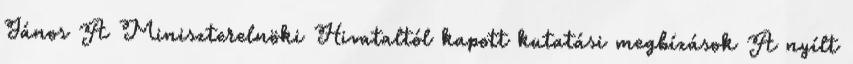
János A Miniszterelnöki Hivataltól kapott kutatási megbízások A nyílt